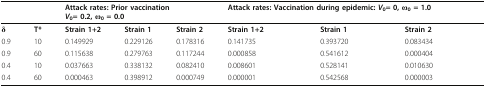
<table><thead><tr><td></td><td></td><td colspan="3"><b>Attack rates: Prior vaccination<i>V</i><sub>0</sub>= 0.2, ω<sub>0</sub> = 0.0</b></td><td colspan="3"><b>Attack rates: Vaccination during epidemic: <i>V</i><sub>0</sub>= 0, ω<sub>0</sub> = 1.0</b></td></tr></thead><tbody><tr><td><b>δ</b></td><td><b>T*</b></td><td><b>Strain 1+2</b></td><td><b>Strain 1</b></td><td><b>Strain 2</b></td><td><b>Strain 1+2</b></td><td><b>Strain 1</b></td><td><b>Strain 2</b></td></tr><tr><td>0.9</td><td>10</td><td>0.149929</td><td>0.229126</td><td>0.178316</td><td>0.141735</td><td>0.393720</td><td>0.083434</td></tr><tr><td>0.9</td><td>60</td><td>0.115638</td><td>0.279763</td><td>0.117244</td><td>0.000858</td><td>0.541612</td><td>0.000404</td></tr><tr><td>0.4</td><td>10</td><td>0.037663</td><td>0.338132</td><td>0.082410</td><td>0.008601</td><td>0.528141</td><td>0.010630</td></tr><tr><td>0.4</td><td>60</td><td>0.000463</td><td>0.398912</td><td>0.000749</td><td>0.000001</td><td>0.542568</td><td>0.000003</td></tr></tbody></table>